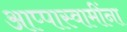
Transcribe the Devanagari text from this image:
आप्पास्‍वामींना